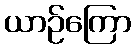
ယာဉ်ကြော